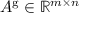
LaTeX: A ^ { \mathrm { g } } \in \mathbb { R } ^ { m \times n }